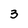
Character: 3